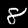
Digit: 8